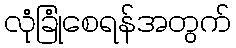
လုံခြုံစေရန်အတွက်